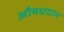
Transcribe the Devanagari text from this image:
औषधदान